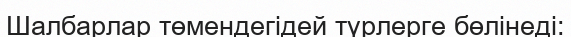
Шалбарлар төмендегідей түрлерге бөлінеді: